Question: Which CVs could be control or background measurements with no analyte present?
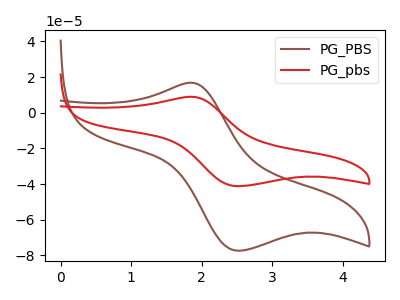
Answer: <think>The brown curve "PG_PBS" has an anodic peak at (1.85V, 16.85uA) and a cathodic peak at (2.55V, -77.35uA). The red curve "PG_pbs" has an anodic peak at (1.85V, 8.95uA) and a cathodic peak at (2.55V, -41.20uA).</think>
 <answer>There are not any CV's on this graph that are likely to be blanks.</answer>
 <eval>none</eval>